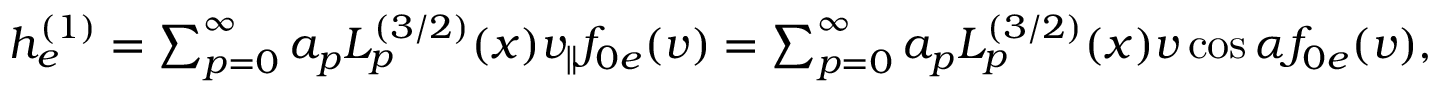
\begin{array} { r } { h _ { e } ^ { ( 1 ) } = \sum _ { p = 0 } ^ { \infty } a _ { p } L _ { p } ^ { ( 3 / 2 ) } ( x ) v _ { \parallel } f _ { 0 e } ( v ) = \sum _ { p = 0 } ^ { \infty } a _ { p } L _ { p } ^ { ( 3 / 2 ) } ( x ) v \cos \alpha f _ { 0 e } ( v ) , } \end{array}